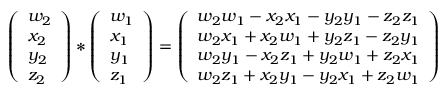
{ \left( \begin{array} { l } { w _ { 2 } } \\ { x _ { 2 } } \\ { y _ { 2 } } \\ { z _ { 2 } } \end{array} \right) } * { \left( \begin{array} { l } { w _ { 1 } } \\ { x _ { 1 } } \\ { y _ { 1 } } \\ { z _ { 1 } } \end{array} \right) } = { \left( \begin{array} { l } { { w _ { 2 } w _ { 1 } - x _ { 2 } x _ { 1 } - y _ { 2 } y _ { 1 } - z _ { 2 } z _ { 1 } } } \\ { { w _ { 2 } x _ { 1 } + x _ { 2 } w _ { 1 } + y _ { 2 } z _ { 1 } - z _ { 2 } y _ { 1 } } } \\ { { w _ { 2 } y _ { 1 } - x _ { 2 } z _ { 1 } + y _ { 2 } w _ { 1 } + z _ { 2 } x _ { 1 } } } \\ { { w _ { 2 } z _ { 1 } + x _ { 2 } y _ { 1 } - y _ { 2 } x _ { 1 } + z _ { 2 } w _ { 1 } } } \end{array} \right) }